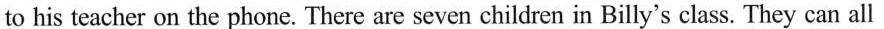
to his teacher on the phone. There are seven children in Billy's class. They can all